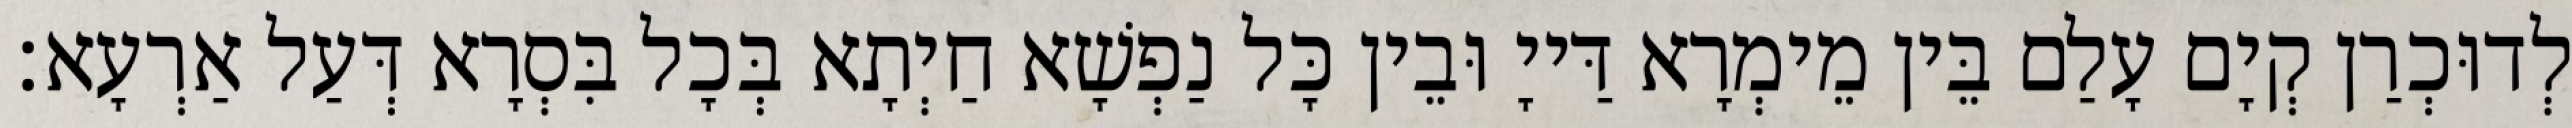
לְדוּכְרַן קְיָם עָלַם בֵּין מֵימְרָא דַּייָ וּבֵין כָּל נַפְשָׁא חַיְתָא בְּכָל בִּסְרָא דְּעַל אַרְעָא׃